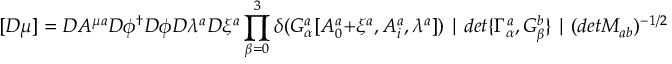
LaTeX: [ { \cal D } \mu ] = { \cal D } A ^ { \mu a } { \cal D } \phi ^ { \dagger } { \cal D } \phi { \cal D } \lambda ^ { a } { \cal D } \xi ^ { a } \prod _ { \beta = 0 } ^ { 3 } \delta ( G _ { \alpha } ^ { a } [ A _ { 0 } ^ { a } + \xi ^ { a } , A _ { i } ^ { a } , \lambda ^ { a } ] ) \mid d e t \{ \Gamma _ { \alpha } ^ { a } , G _ { \beta } ^ { b } \} \mid ( d e t M _ { a b } ) ^ { - 1 / 2 } ,